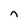
Character: n